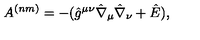
A ^ { ( n m ) } = - ( \hat { g } ^ { \mu \nu } \hat { \nabla } _ { \mu } \hat { \nabla } _ { \nu } + \hat { E } ) ,